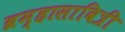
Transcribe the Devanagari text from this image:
ब्रम्हासावित्री